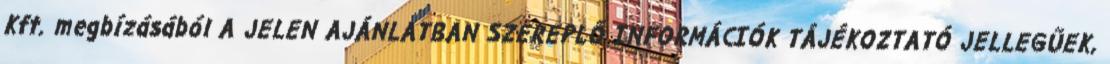
Kft. megbízásából A JELEN AJÁNLATBAN SZEREPLŐ INFORMÁCIÓK TÁJÉKOZTATÓ JELLEGŰEK,